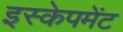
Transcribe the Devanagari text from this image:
इस्केपमेंट